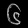
Digit: ၆